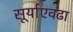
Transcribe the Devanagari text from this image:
सूर्याएवढा